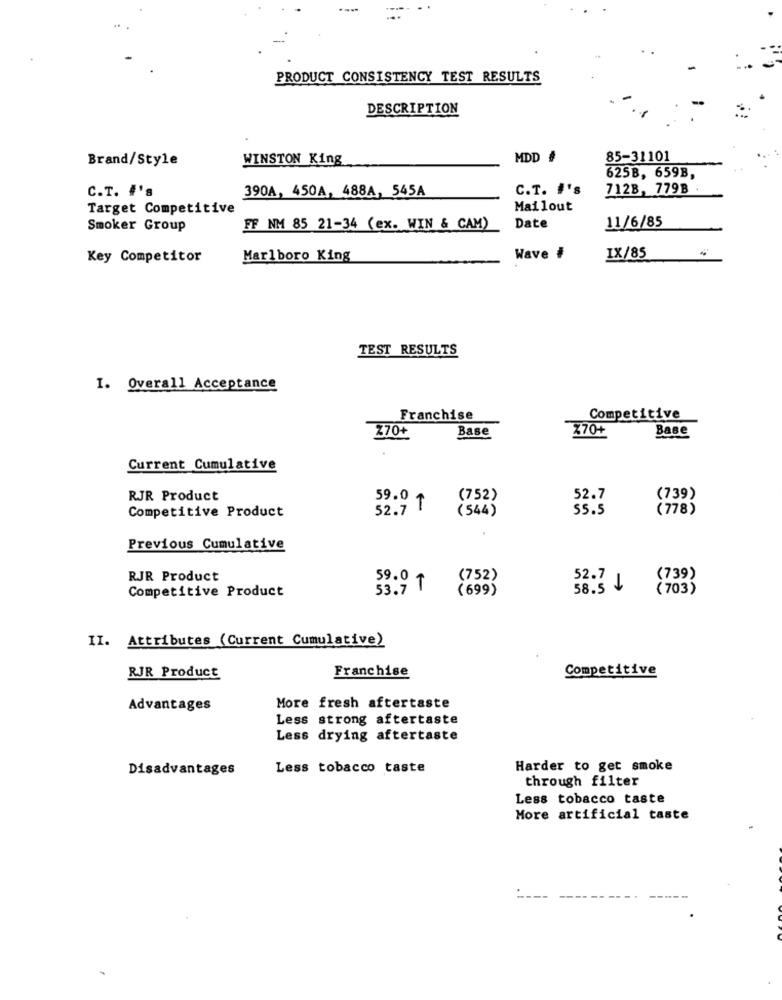
PRODUCT CONSISTENCY TEST RESULTS
DESCRIPTION
Brand/Style
WINSTON King
MDD #
85-31101
625B, 659B,
C.T. #'s
390A, 450A, 488A, 545A
C.T. #'s
712B, 779B .
Target Competitive
Mailout
Smoker Group
FF NM 85 21-34 (ex. WIN & CAM)
Date
11/6/85
Key Competitor
Marlboro King
Wave #
IX/85
TEST RESULTS
I. Overall Acceptance
Franchise
Competitive
Z70+
Base
Z70+
Base
Current Cumulative
RJR Product
59.0 ₸
(752)
52.7
(739)
Competitive Product
52.7 T
(544)
55.5
(778)
Previous Cumulative
RJR Product
(752)
(739)
Competitive Product
53.71
(699)
58.5
52.7 1
(703)
II. Attributes (Current Cumulative)
Franchise
Competitive
RJR Product
Advantages
More fresh aftertaste
Less strong aftertaste
Less drying aftertaste
Disadvantages
Less tobacco taste
Harder to get smoke
through filter
Less tobacco taste
More artificial taste